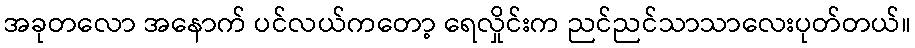
အခုတလော အနောက် ပင်လယ်ကတော့ ရေလှိုင်းက ညင်ညင်သာသာလေးပုတ်တယ်။